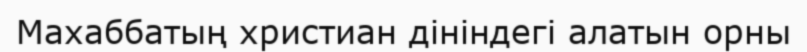
Махаббатың христиан дініндегі алатын орны